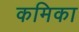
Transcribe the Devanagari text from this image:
कमिका